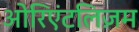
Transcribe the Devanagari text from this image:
ओरिएंटलिज़म